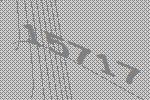
15717